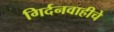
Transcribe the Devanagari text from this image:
गिर्दनवाहीचे